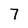
Character: 7